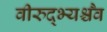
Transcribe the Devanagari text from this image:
वीरुद्भ्यश्चैव